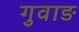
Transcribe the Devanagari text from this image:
गुवाङ